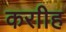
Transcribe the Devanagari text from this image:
कराीह